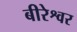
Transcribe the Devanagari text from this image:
बीरेश्वर